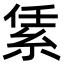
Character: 䋕